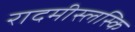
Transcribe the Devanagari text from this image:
रादमीस्लस्कि